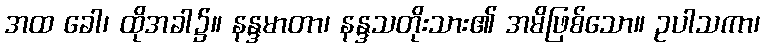
အထ ခေါ၊ ထိုအခါ၌။ နန္ဒမာတာ၊ နန္ဒသတိုးသား၏ အမိဖြစ်သော။ ဥပါသကာ၊